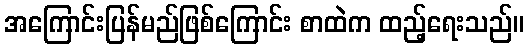
အကြောင်းပြန်မည်ဖြစ်ကြောင်း စာထဲက ထည့်ရေးသည်။